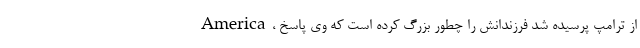
America، از ترامپ پرسیده شد فرزندانش را چطور بزرگ کرده است که وی پاسخ